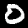
Digit: 0